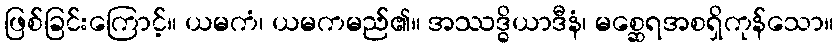
ဖြစ်ခြင်းကြောင့်။ ယမကံ၊ ယမကမည်၏။ အဿဒ္ဓိယာဒီနံ၊ မစ္ဆေရအစရှိကုန်သော။